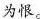
为恨。